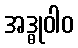
အဒ္ဓုဝါဝ